Civil Veterinary Dept. North-West Frontier Province 1901-22 - 1901-1922
Year: 1901
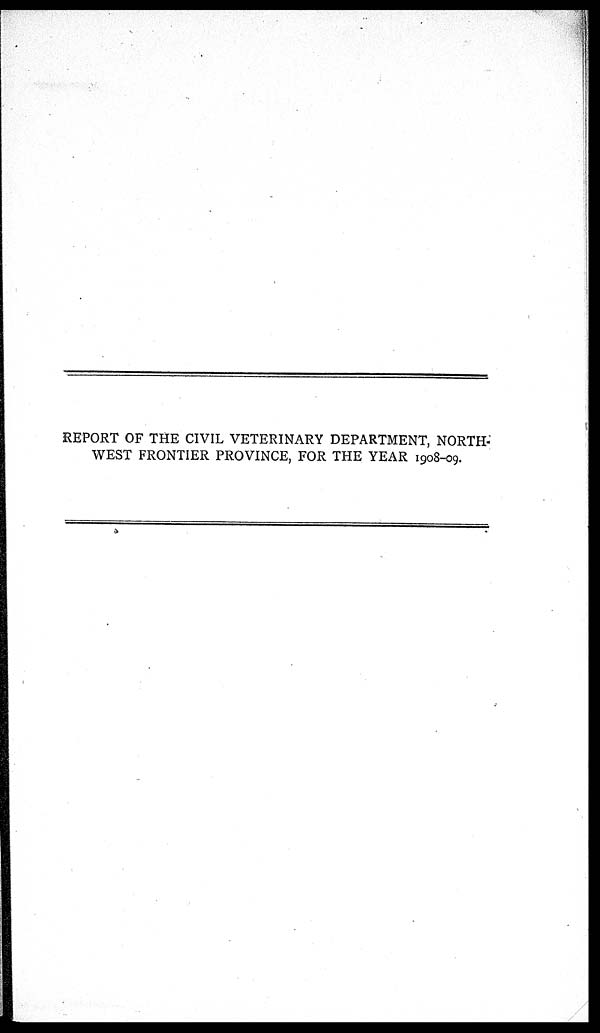
REPORT OF THE CIVIL VETERINARY DEPARTMENT, NORTH-
WEST FRONTIER PROVINCE, FOR THE YEAR 1908-09.